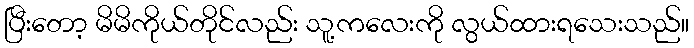
ပြီးတော့ မိမိကိုယ်တိုင်လည်း သူ့ကလေးကို လွယ်ထားရသေးသည်။